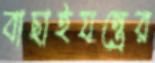
বাছাইযন্ত্রের